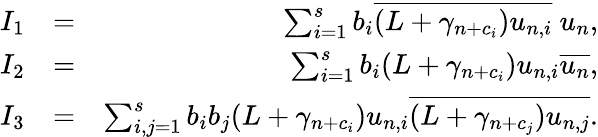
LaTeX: \begin{array}{rlr}{I_{1}}&{=}&{\sum_{i=1}^{s}b_{i}\overline{{(L+\gamma_{n+c_{i}})u_{n,i}}}~u_{n},}\\ {I_{2}}&{=}&{\sum_{i=1}^{s}b_{i}(L+\gamma_{n+c_{i}})u_{n,i}\overline{{u_{n}}},}\\ {I_{3}}&{=}&{\sum_{i,j=1}^{s}b_{i}b_{j}(L+\gamma_{n+c_{i}})u_{n,i}\overline{{(L+\gamma_{n+c_{j}})u_{n,j}}}.}\end{array}